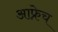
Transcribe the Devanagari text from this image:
आफ्रेच